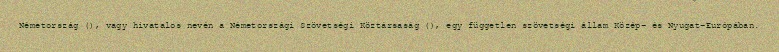
Németország (), vagy hivatalos nevén a Németországi Szövetségi Köztársaság (), egy független szövetségi állam Közép- és Nyugat-Európában.